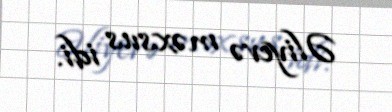
Əliyevə məxsus idi.